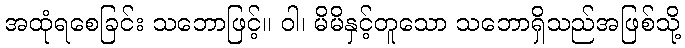
အထုံရစေခြင်း သဘောဖြင့်။ ဝါ၊ မိမိနှင့်တူသော သဘောရှိသည်အဖြစ်သို့